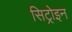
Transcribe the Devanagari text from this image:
सिट्रोइन